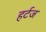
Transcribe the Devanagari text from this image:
हर्टज